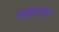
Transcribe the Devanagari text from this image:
मख़तसर